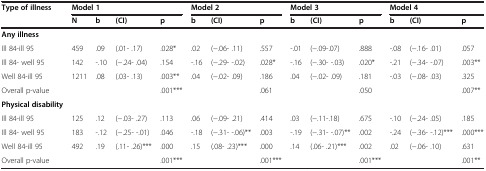
| Type of illness | <COLSPAN=4> Model 1 | <COLSPAN=3> Model 2 | <COLSPAN=3> Model 3 | <COLSPAN=3> Model 4 |
 |  | N | b | (CI) | p | b | (CI) | p | b | (CI) | p | b | (CI) | p |
 | --- | --- | --- | --- | --- | --- | --- | --- | --- | --- | --- | --- | --- | --- |
 | Any illness |  |  |  |  |  |  |  |  |  |  |  |  |  |
 | Ill 84-ill 95 | 459 | .09 | (.01- .17) | .028* | .02 | (−.06- .11) | .557 | -.01 | (−.09-.07) | .888 | -.08 | (−.16- .01) | .057 |
 | Ill 84- well 95 | 142 | -.10 | (−.24- .04) | .154 | -.16 | (−.29- -.02) | .028* | -.16 | (−.30- -.03) | .020* | -.21 | (−.34- -.07) | .003** |
 | Well 84-ill 95 | 1211 | .08 | (.03- .13) | .003** | .04 | (−.02- .09) | .186 | .04 | (−.02- .09) | .181 | -.03 | (−.08- .03) | .325 |
 | Overall p-value |  |  |  | .001*** |  |  | .061 |  |  | .050 |  |  | .007** |
 | Physical disability |  |  |  |  |  |  |  |  |  |  |  |  |  |
 | Ill 84-ill 95 | 125 | .12 | (−.03- .27) | .113 | .06 | (−.09- .21) | .414 | .03 | (−.11-.18) | .675 | -.10 | (−.24- .05) | .185 |
 | Ill 84- well 95 | 183 | -.12 | (−.25- -.01) | .046 | -.18 | (−.31- -.06)** | .003 | -.19 | (−.31- -.07)** | .002 | -.24 | (−.36- -.12)*** | .000*** |
 | Well 84-ill 95 | 492 | .19 | (.11- .26)*** | .000 | .15 | (.08- .23)*** | .000 | .14 | (.06- .21)*** | .002 | .02 | (−.06- .10) | .631 |
 | Overall p-value |  |  |  | .001*** |  |  | .001*** |  |  | .001*** |  |  | .001** |